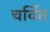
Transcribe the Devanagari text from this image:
चर्वित